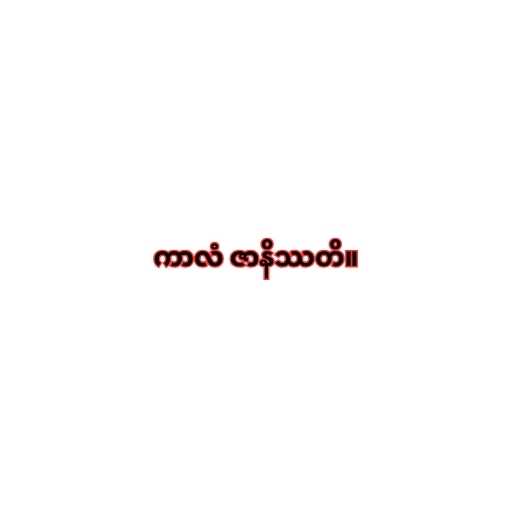
ကာလံ ဇာနိဿတိ။